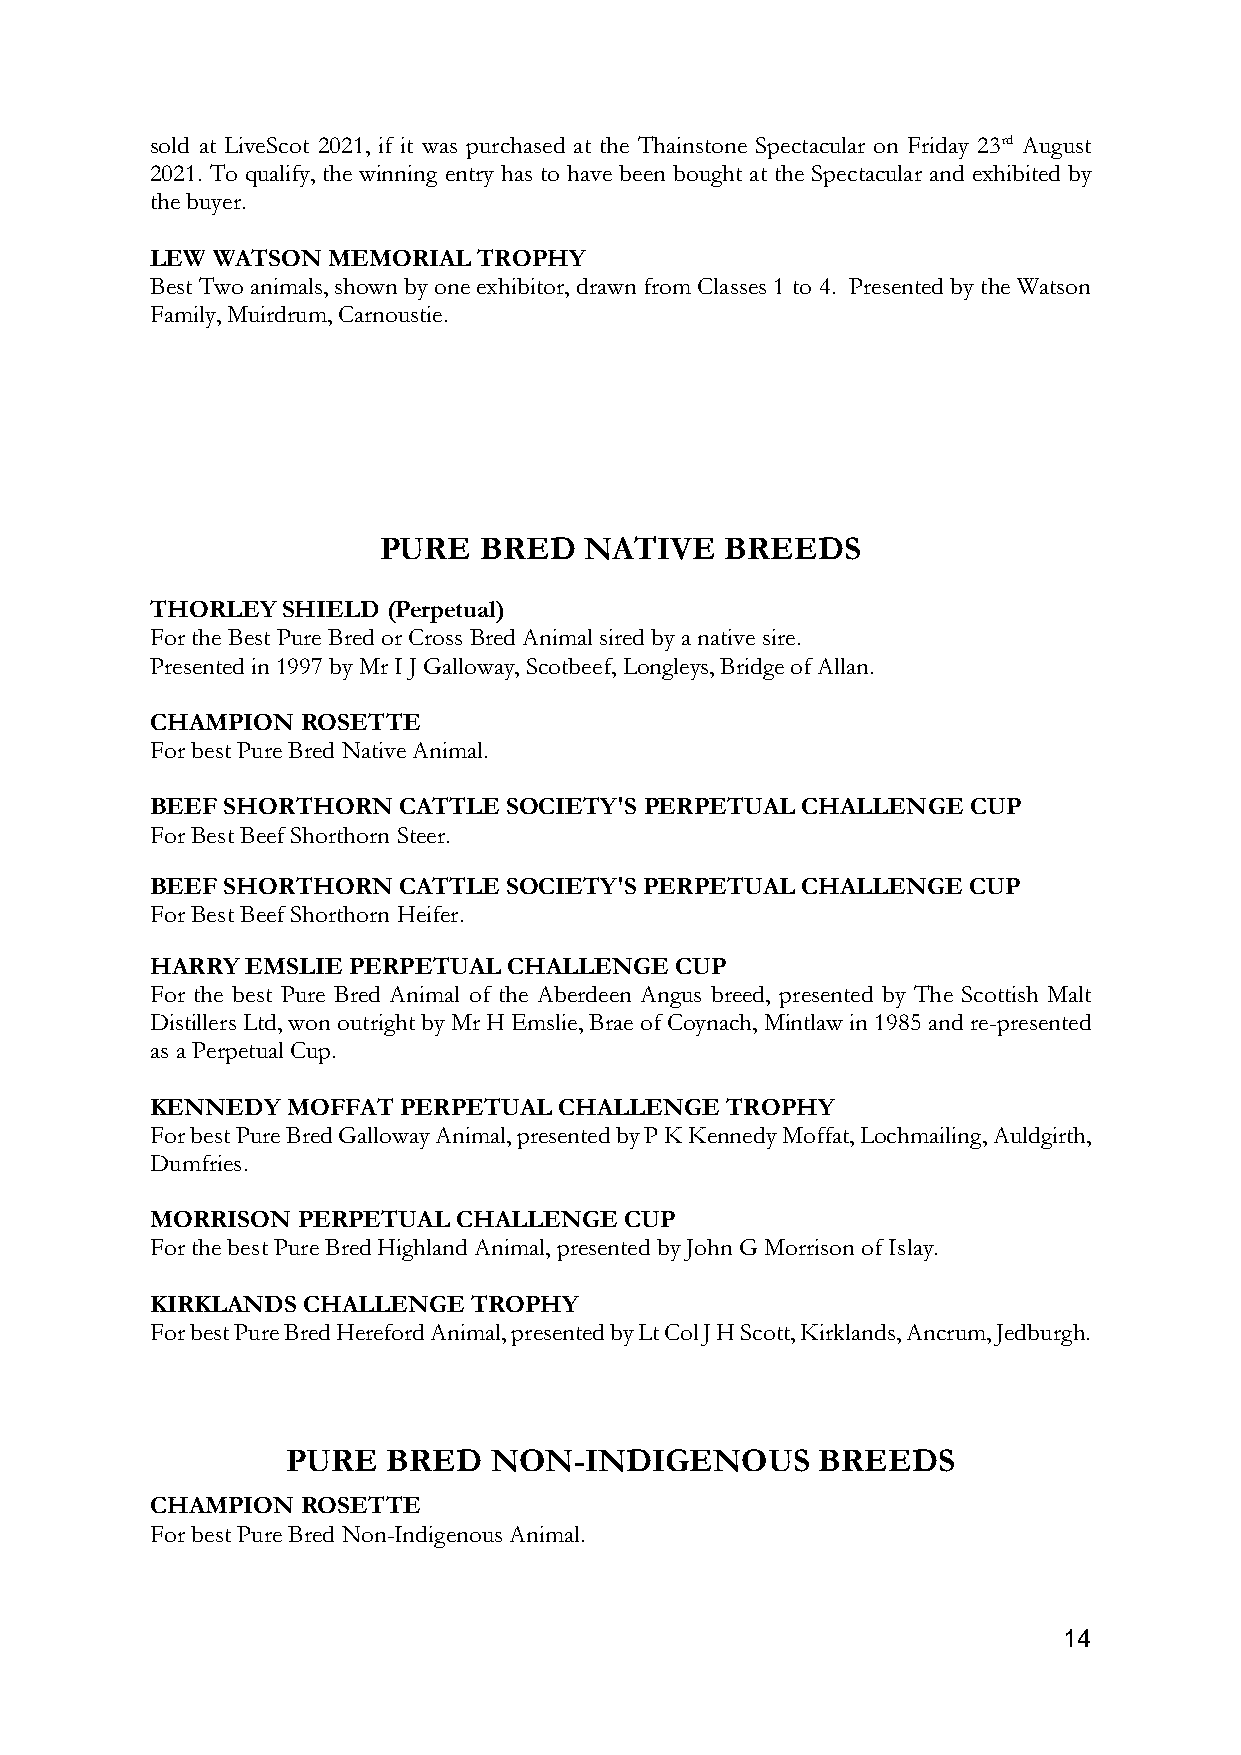
sold at LiveScot 2021, if it was purchased at the Thainstone Spectacular on Friday 23rd August
 2021. To qualify, the winning entry has to have been bought at the Spectacular and exhibited by
 the buyer.
 LEW WATSON  MEMORIAL  TROPHY
 Best Two animals, shown by one exhibitor, drawn from Classes 1 to 4. Presented by the Watson
 Family, Muirdrum, Carnoustie.
 PURE   BRED   NATIVE   BREEDS
 THORLEY  SHIELD (Perpetual)
 For the Best Pure Bred or Cross Bred Animal sired by a native sire.
 Presented in 1997 by Mr I J Galloway, Scotbeef, Longleys, Bridge of Allan.
 CHAMPION  ROSETTE
 For best Pure Bred Native Animal.
 BEEF SHORTHORN  CATTLE  SOCIETY'S PERPETUAL CHALLENGE CUP
 For Best Beef Shorthorn Steer.
 BEEF SHORTHORN  CATTLE  SOCIETY'S PERPETUAL CHALLENGE CUP
 For Best Beef Shorthorn Heifer.
 HARRY EMSLIE PERPETUAL  CHALLENGE  CUP
 For the best Pure Bred Animal of the Aberdeen Angus breed, presented by The Scottish Malt
 Distillers Ltd, won outright by Mr H Emslie, Brae of Coynach, Mintlaw in 1985 and re-presented
 as a Perpetual Cup.
 KENNEDY  MOFFAT PERPETUAL  CHALLENGE  TROPHY
 For best Pure Bred Galloway Animal, presented by P K Kennedy Moffat, Lochmailing, Auldgirth,
 Dumfries.
 MORRISON  PERPETUAL CHALLENGE  CUP
 For the best Pure Bred Highland Animal, presented by John G Morrison of Islay.
 KIRKLANDS CHALLENGE  TROPHY
 For best Pure Bred Hereford Animal, presented by Lt Col J H Scott, Kirklands, Ancrum, Jedburgh.
 PURE   BRED  NON-INDIGENOUS        BREEDS
 CHAMPION  ROSETTE
 For best Pure Bred Non-Indigenous Animal.
 14